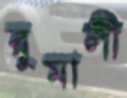
রুমালী